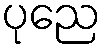
ပုညေ